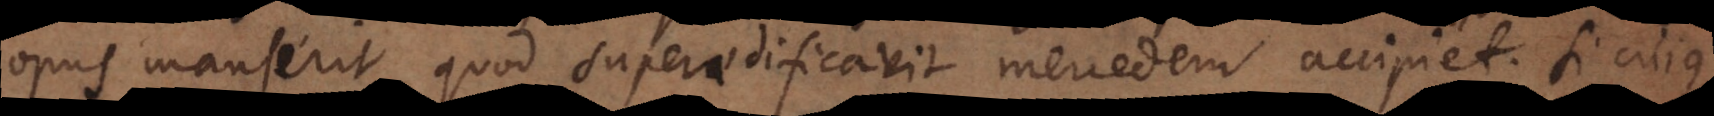
opus manserit quod superaedificavit mercedem accipiet. Si cujus